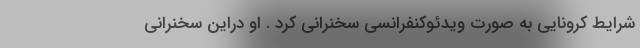
شرایط کرونایی به صورت ویدئوکنفرانسی سخنرانی کرد . او دراین سخنرانی